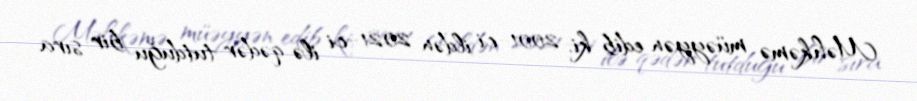
Məhkəmə müəyyən edib ki, 2001-ci ildən 2021-ci ilə qədər tutduğu bir sıra